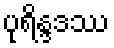
ပုရိန္ဒဒဿ